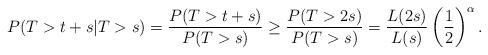
LaTeX: \begin{align*}P( T > t+s | T>s ) = \frac{P(T > t+s)}{P(T > s)}\geq \frac{P(T>2s)}{P(T>s)} = \frac{L(2s)}{L(s)}\left( \frac{1}{2}\right)^{\alpha}.\end{align*}